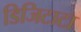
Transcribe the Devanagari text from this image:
डिजिटाटा